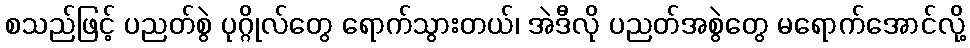
စသည်ဖြင့် ပညတ်စွဲ ပုဂ္ဂိုလ်တွေ ရောက်သွားတယ်၊ အဲဒီလို ပညတ်အစွဲတွေ မရောက်အောင်လို့